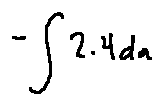
- \int 2 . 4 d a